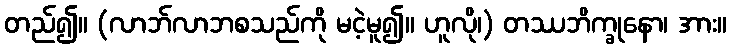
တည်၍။ (လာဘ်လာဘစသည်ကို မငဲ့မူ၍။ ဟူလို၊) တဿဘိက္ခုနော၊ အား။